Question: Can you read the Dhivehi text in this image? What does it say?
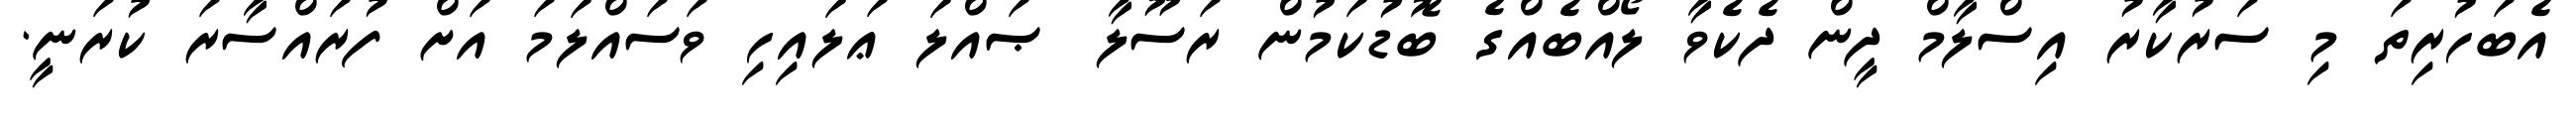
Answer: އެބަހުރިތަ މި ސަރުކާރު އިސްލާމް ދީން ދެކެވާ ލޯއްބެއްގެ ބޮޑުކަމުން ރަސޫލާ ޞައްލަ ޢަލައިހި ވަސައްލަމަ އަށް ފުރައްސާރަ ކުރަނީ.